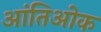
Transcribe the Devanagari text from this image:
आंतिओक